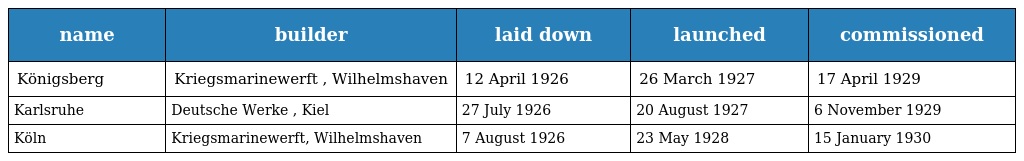
| name | builder | laid down | launched | commissioned |
 | --- | --- | --- | --- | --- |
 | Königsberg | Kriegsmarinewerft , Wilhelmshaven | 12 April 1926 | 26 March 1927 | 17 April 1929 |
 | Karlsruhe | Deutsche Werke , Kiel | 27 July 1926 | 20 August 1927 | 6 November 1929 |
 | Köln | Kriegsmarinewerft, Wilhelmshaven | 7 August 1926 | 23 May 1928 | 15 January 1930 |